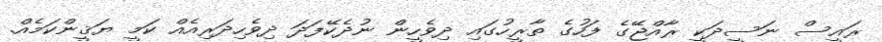
ރައީސް ނަސީދަކީ ރާއްޖޭގެ ފަހުގެ ތާރީހުގައި ދިވެހީން ނުދެކޭފަދަ ދިވެހިދަރިއެއް ކަމީ ޔަޤީންކަމެއް.